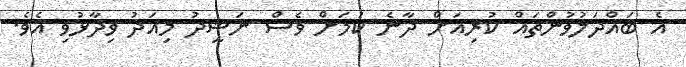
އެ ބައްދަލުވުންތައް ކުރިއަަށް ދާނެ ކަމަށް ވެސް ނަޝީދު މިއަދު ވިދާޅުވި އެވެ.